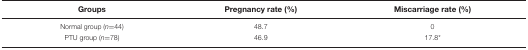
| Groups | Pregnancy rate (%) | Miscarriage rate (%) |
 | --- | --- | --- |
 | Normal group (n=44) | 48.7 | 0 |
 | PTU group (n=78) | 46.9 | 17.8* |